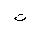
Letter: _ta